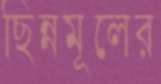
ছিন্নমূলের